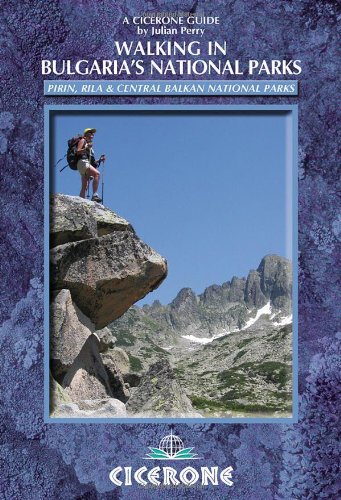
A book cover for Walking in Bulgaria's National Parks (Cicerone Guides); Julian Perry; Travel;